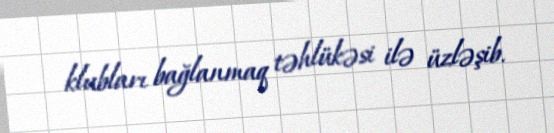
klubları bağlanmaq təhlükəsi ilə üzləşib.